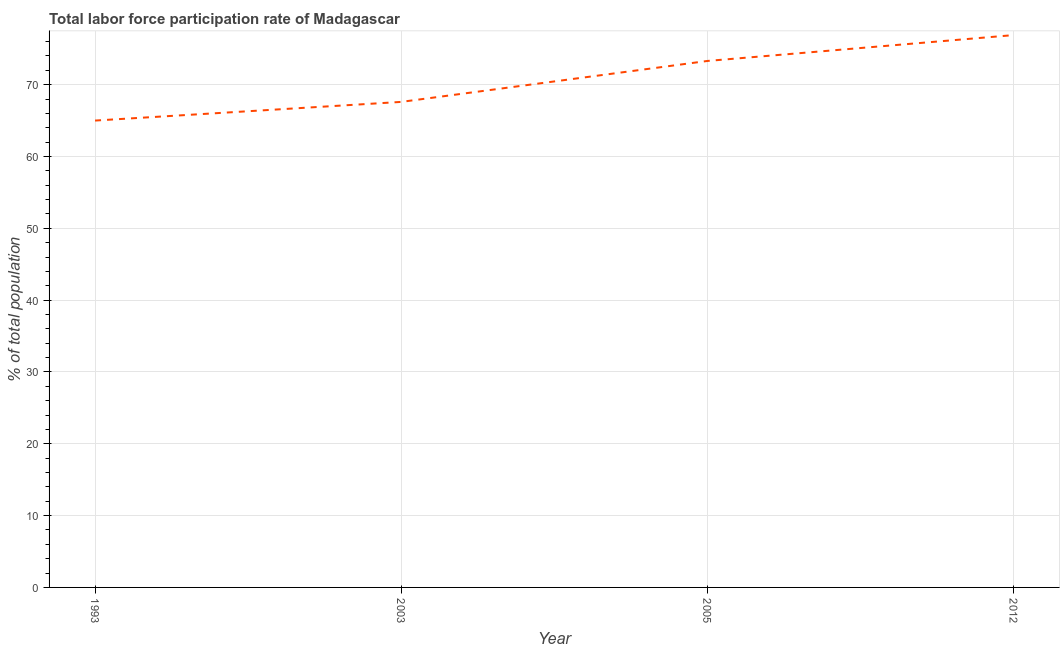
| Year | Labor force participation rate for ages 15-24 total |
 | --- | --- |
 | 1993 | 65 |
 | 2003 | 67.6 |
 | 2005 | 73.3 |
 | 2012 | 76.9 |